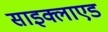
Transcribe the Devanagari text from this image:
साइक्लाएड